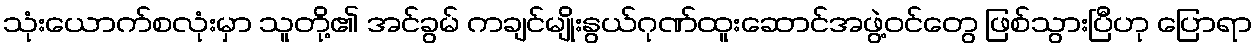
သုံးယောက်စလုံးမှာ သူတို့၏ အင်ခွမ် ကချင်မျိုးနွယ်ဂုဏ်ထူးဆောင်အဖွဲ့ဝင်တွေ ဖြစ်သွားပြီဟု ပြောရာ